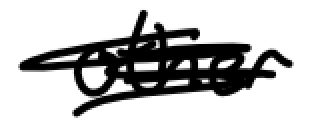
Text: other
Cross-out: scratch
Writing tool: digital_black